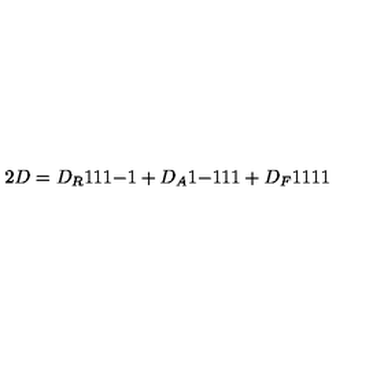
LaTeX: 2 D = D _ { R } { \binom { 1 } { 1 } } { \binom { 1 } { - 1 } } + D _ { A } { \binom { 1 } { - 1 } } { \binom { 1 } { 1 } } + D _ { F } { \binom { 1 } { 1 } } { \binom { 1 } { 1 } }